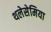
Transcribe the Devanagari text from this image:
थलेसेमिया